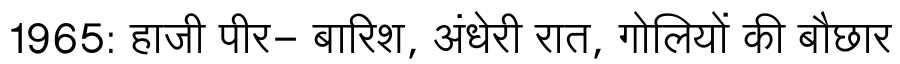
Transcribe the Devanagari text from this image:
1965: हाजी पीर- बारिश, अंधेरी रात, गोलियों की बौछार